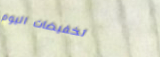
تخفيضات اليوم